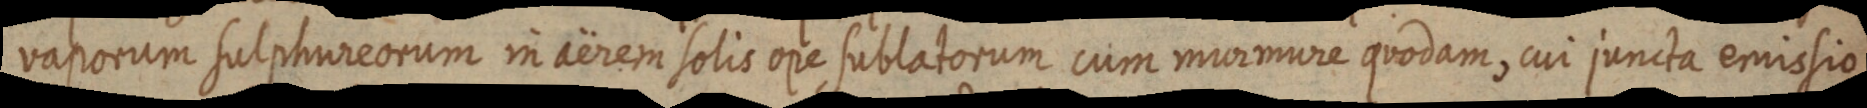
vaporum sulphureorum in aërem solis ope sublatorum cum murmure quodam, cui juncta emissio